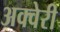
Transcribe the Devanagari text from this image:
अक्वेरी